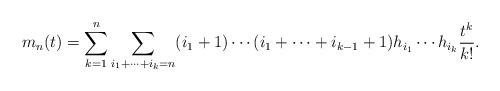
LaTeX: \begin{align*}m_n(t)=\sum_{k=1}^n\sum_{i_1+\dotsb+i_k=n}(i_1+1)\dotsm(i_1+\dotsb+i_{k-1}+1)h_{i_1}\dotsm h_{i_k}\frac{t^k}{k!}.\end{align*}